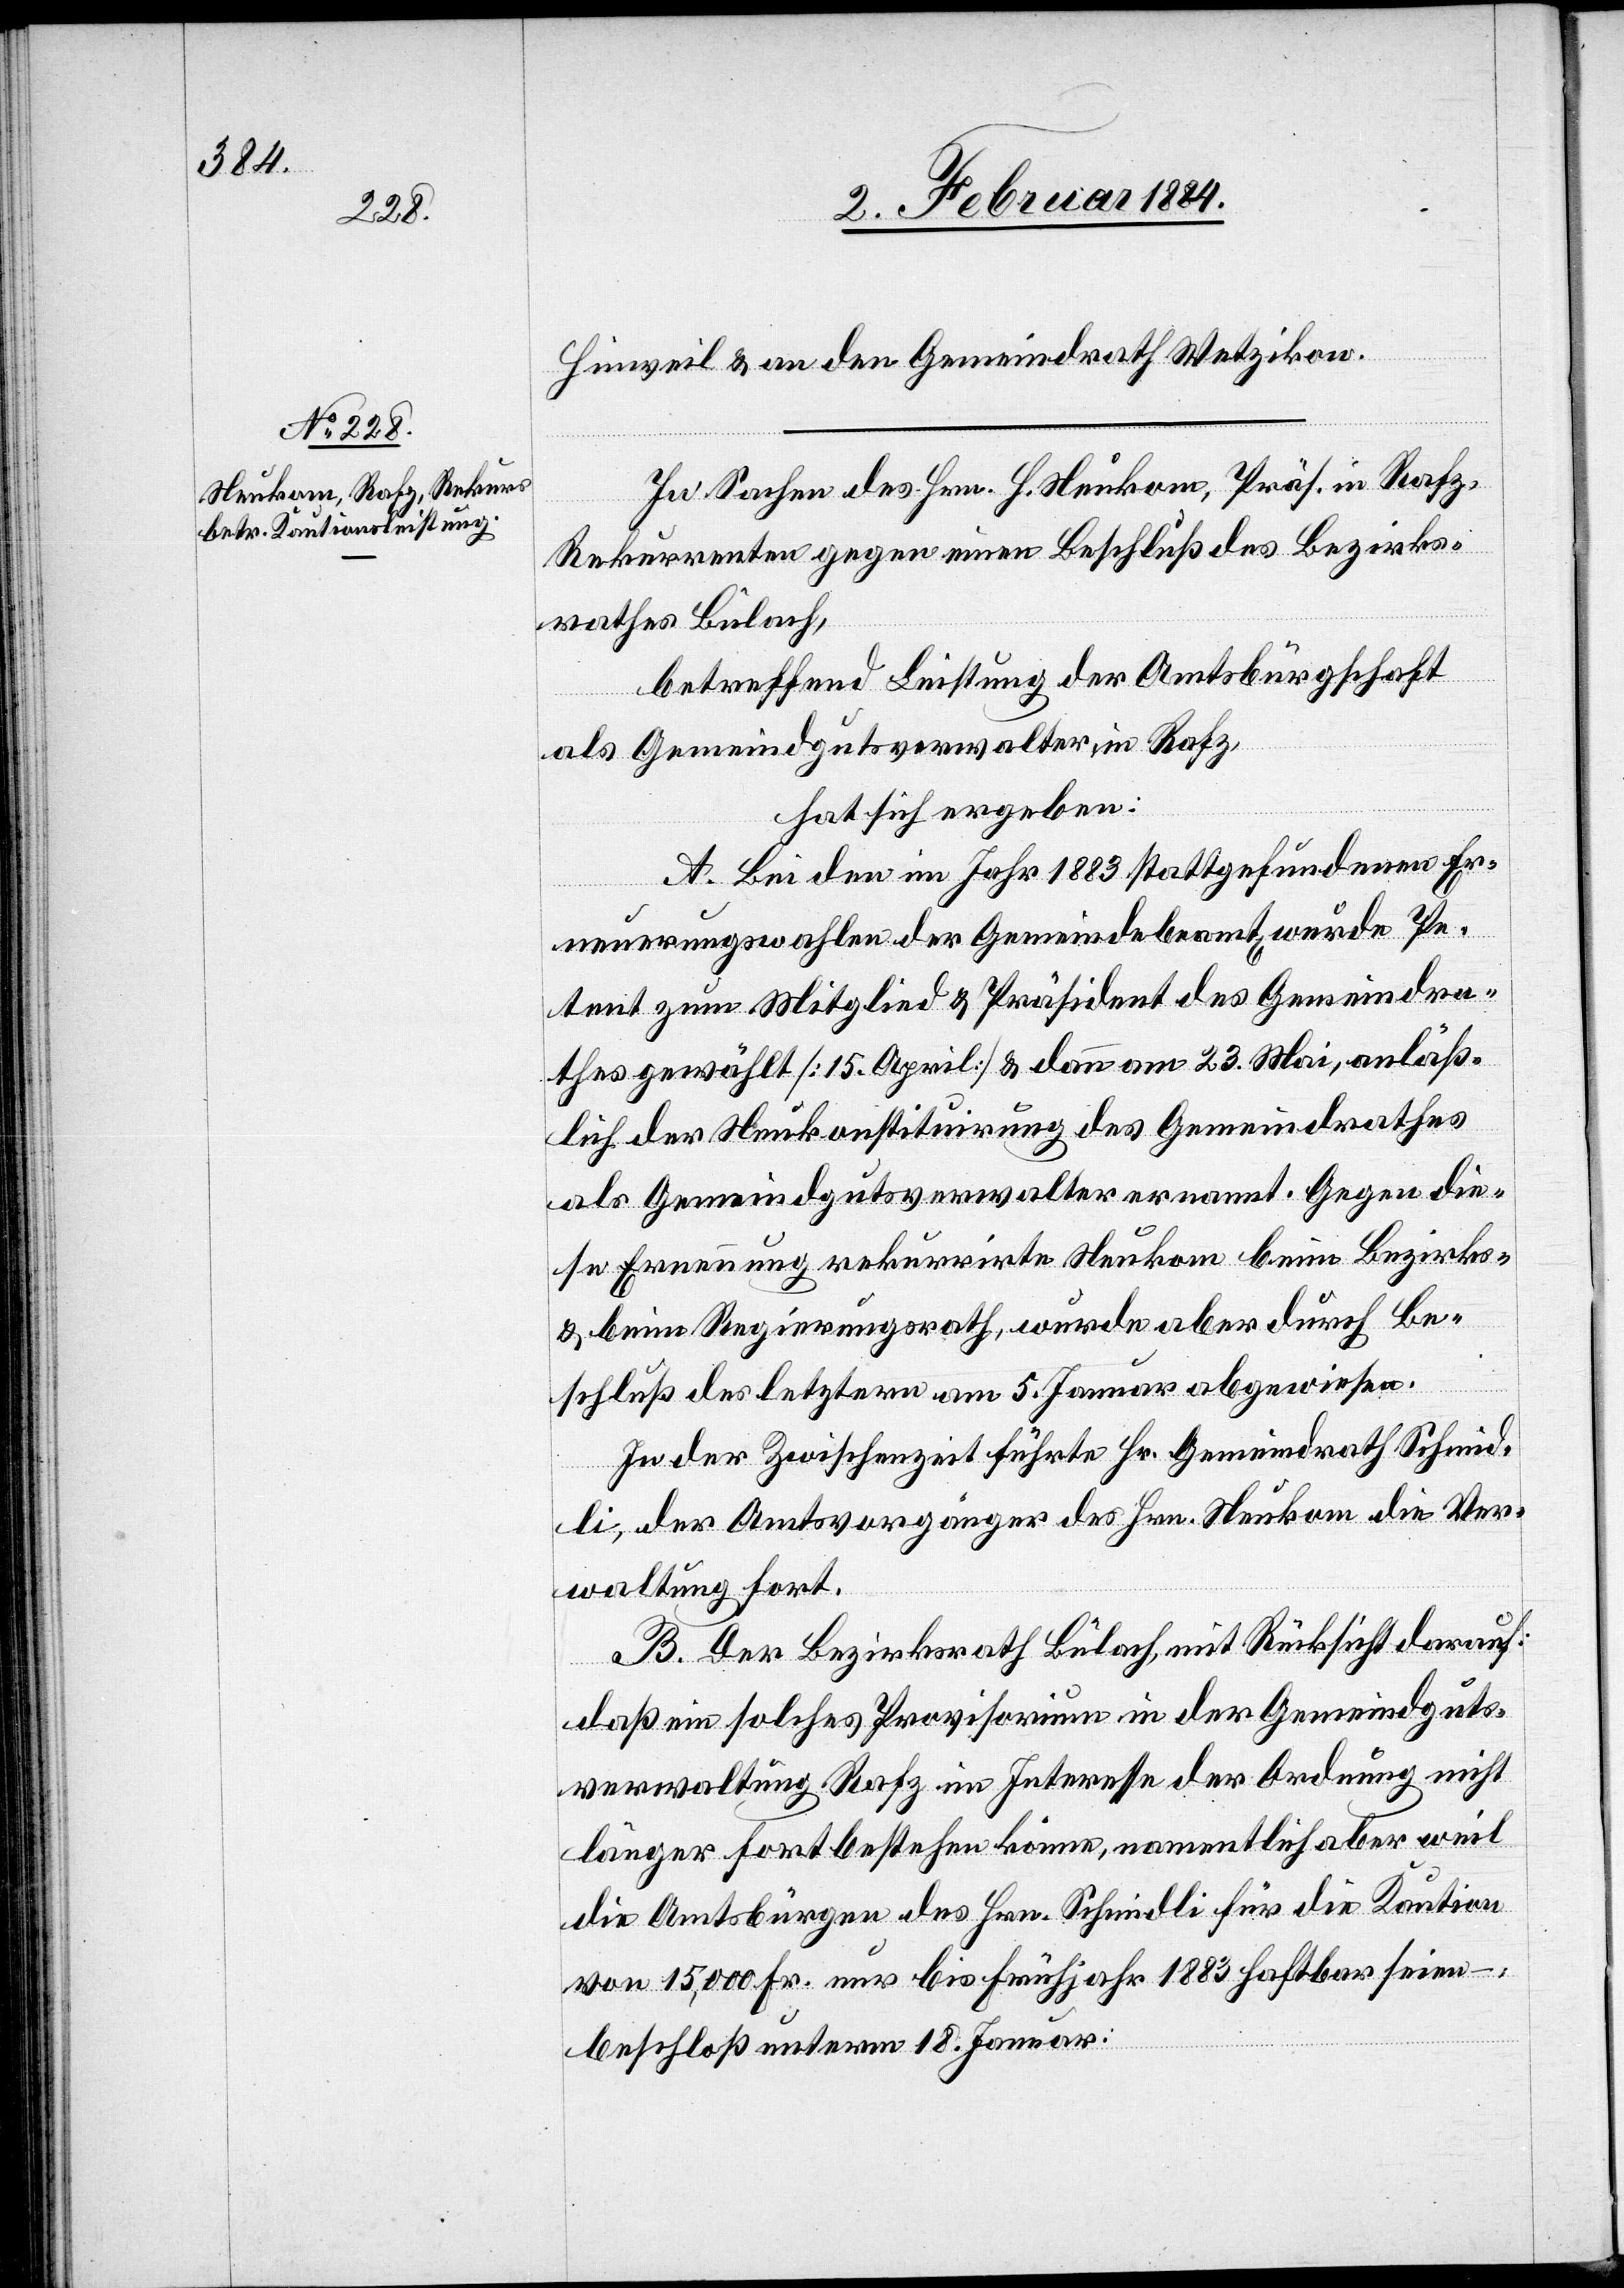
Hinweil & an den Gemeindrath Wetzikon.
In Sachen des Hrn. H. Neukom, Präs. in Rafz,
Rekurrenten gegen einen Beschluß des Bezirks¬
rathes Bülach,
betreffend Leistung der Amtsbürgschaft
als Gemeindgutsverwalter, in Rafz,
hat sich ergeben:
A. Bei den im Jahr 1883 stattgefundenen Er¬
neuerungswahlen der Gemeindebeamt[en] wurde Pe¬
tent zum Mitglied & Präsident des Gemeindra¬
thes gewählt [15. April] & dann am 23. Mai, anläß¬
lich der Neukonstituirung des Gemeindrathes
als Gemeindgutsverwalter ernannt. Gegen die¬
se Erneuerung rekurrirte Neukom beim Bezirks-
& beim Regierungsrath, wurde aber durch Be¬
schluß des letztern am 5. Januar abgewiesen.
In der Zwischenzeit führte Hr. Gemeindrath Schmid¬
li, der Amtsvorgänger des Hrn. Neukom die Ver¬
waltung fort.
B. Der Bezirksrath Bülach, mit Rücksicht darauf,
daß ein solches Provisorium in der Gemeindguts¬
verwaltung Rafz im Interesse der Ordnung nicht
länger fortbestehen könne, namentlich aber weil
die Amtsbürgen des Hrn. Schmidli für die Kaution
von 15,000 Fr. nur bis Frühjahr 1883 haftbar seien –,
beschloß unterm 18. Januar: